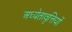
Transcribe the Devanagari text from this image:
अध्येतावृत्तियों